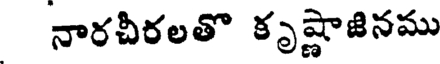
నారచీరలతొ కృష్ణాజినము